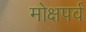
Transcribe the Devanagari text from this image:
मोक्षपर्व